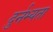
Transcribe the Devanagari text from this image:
दुर्नभ्यता